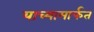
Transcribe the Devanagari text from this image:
याच्यामार्फत